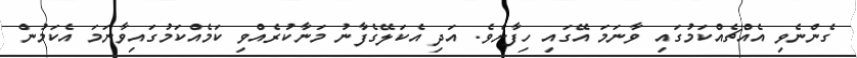
ގެންނެވި އެއްޗެއްކަމުގައި ވާނަމަ އޭގައި ހިފާށެވެ. އަދި އެކަލޭގެފާނު މަނާކުރެއްވި ކަމެއްކަމުގައިވާނަމަ އެކަމުން